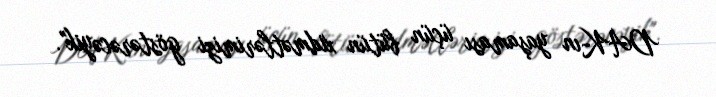
DAK-ın yaşaması üçün bütün xidmətlərimizi göstərəcəyik".